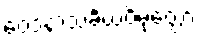
ဝေဒနာသင်္ခယဝိမုတ္တော